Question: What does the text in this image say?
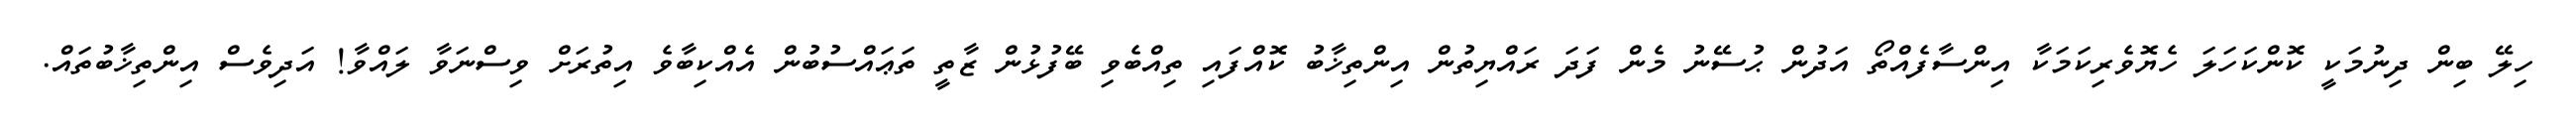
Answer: ހިލޭ ބިން ދިނުމަކީ ކޮންކަހަލަ ހެޔޮވެރިކަމަކާ އިންސާފެއްތޯ އަދުން ޙުސޭނު މެން ފަދަ ރައްޔިތުން އިންތިޚާބު ކޮއްފައި ތިއްބެވި ބޭފުޅުން ޒާތީ ތަޢައްސުބުން އެއްކިބާވެ އިތުރަށް ވިސްނަވާ ލައްވާ! އަދިވެސް އިންތިޚާބުތައް.